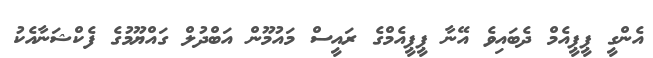
އެންގީ ޕީޕީއެމް ދެބައިވެ އޭނާ ޕީޕީއެމްގެ ރައީސް މައުމޫން އަބްދުލް ގައްޔޫމުގެ ފެކްޝަނާއެކު